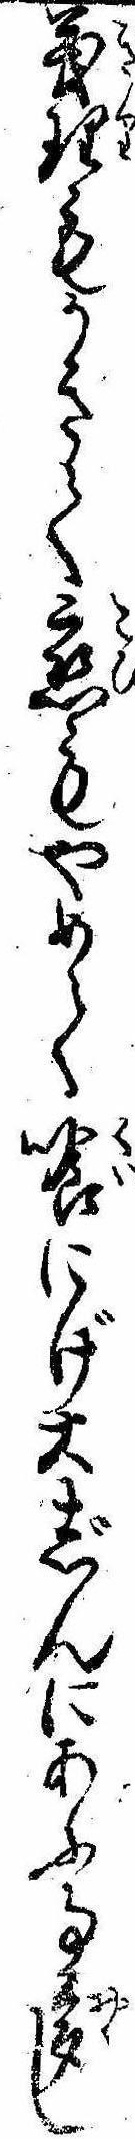
義理もかきて恋もやめて喰にげ大じんにあふ事多し